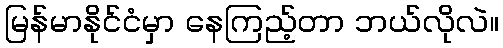
မြန်မာနိုင်ငံမှာ နေကြည့်တာ ဘယ်လိုလဲ။